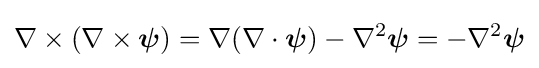
\nabla \times (\nabla \times {\boldsymbol {\psi }})=\nabla (\nabla \cdot {\boldsymbol {\psi }})-\nabla ^{2}{\boldsymbol {\psi }}=-\nabla ^{2}{\boldsymbol {\psi }}